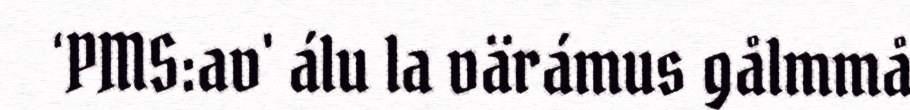
‘PMS:av' álu la värámus gålmmå